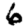
Digit: 6